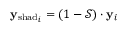
\mathbf { y } _ { \mathrm { s h a d } _ { i } } = ( 1 - \mathcal { S } ) \cdot \mathbf { y } _ { i }